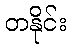
တနိုင်း